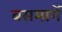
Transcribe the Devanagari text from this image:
बसमार्गे